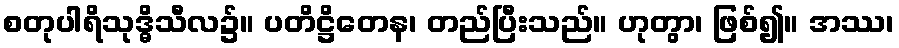
စတုပါရိသုဒ္ဓိသီလ၌။ ပတိဋ္ဌိတေန၊ တည်ပြီးသည်။ ဟုတွာ၊ ဖြစ်၍။ အဿ၊